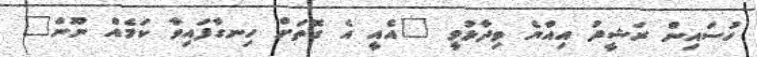
ހުސައިން ރަޝީދު އިއްޔެ ވިދާޅުވީ "އެއީ އެ ގޮތަށް ހިނގާފައިވާ ކަމެއް ނޫން"